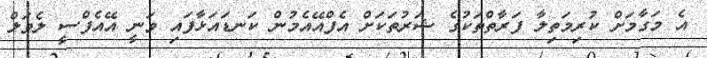
އެ މަގާމަށް ކުރިމަތިލާ ފަރާތްތަކުގެ ޝަރުތަކަށް އެފްއޭއެމުން ކަނޑައަޅާފައި ވަނީ އޭއެފްސީ ލެވަލް